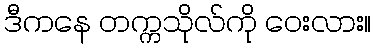
ဒီကနေ တက္ကသိုလ်ကို ဝေးလား။